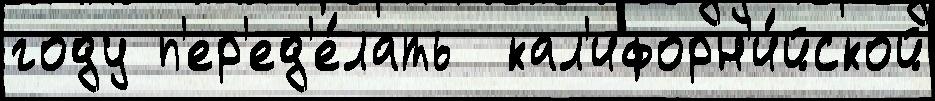
году п'ер'ед'е́лать  кал'ифорн'и́йской